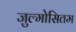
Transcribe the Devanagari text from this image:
जुल्मोसितम